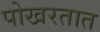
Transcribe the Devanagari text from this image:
पोखरतात